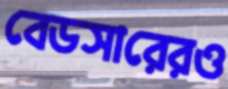
বেডসারেরও